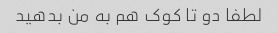
لطفا دو تا کوک هم به من بدهید